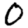
Digit: 0